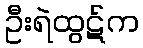
ဦးရဲထွဋ်က